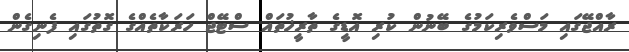
ރާއްޖޭގައި މަސްވެރިކަމުގެ ބޭނުން ކުރި އޮޑީގެ ތާރީޚުތައް ސްޓޭޖް ހަރަކާތެއްގެ ގޮތުގައި ފެނިގެން